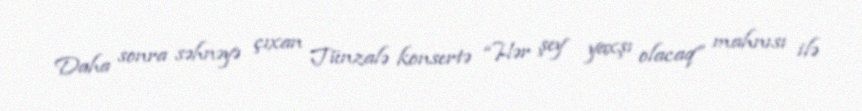
Daha sonra səhnəyə çıxan Tünzalə konsertə “Hər şey yaxşı olacaq” mahnısı ilə